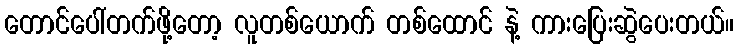
တောင်ပေါ်တက်ဖို့တော့ လူတစ်ယောက် တစ်ထောင် နဲ့ ကားပြေးဆွဲပေးတယ်။